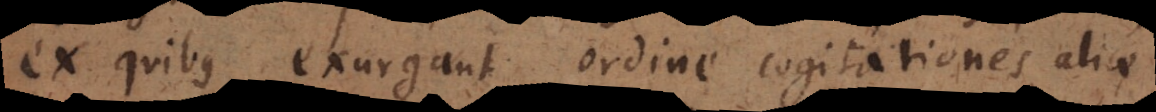
ex quibus exurgant ordine cogitationes alia